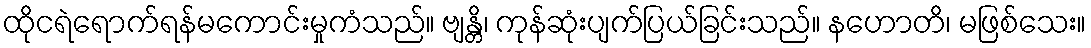
ထိုငရဲရောက်ရန်မကောင်းမှုကံသည်။ ဗျန္တိ၊ ကုန်ဆုံးပျက်ပြယ်ခြင်းသည်။ နဟောတိ၊ မဖြစ်သေး။